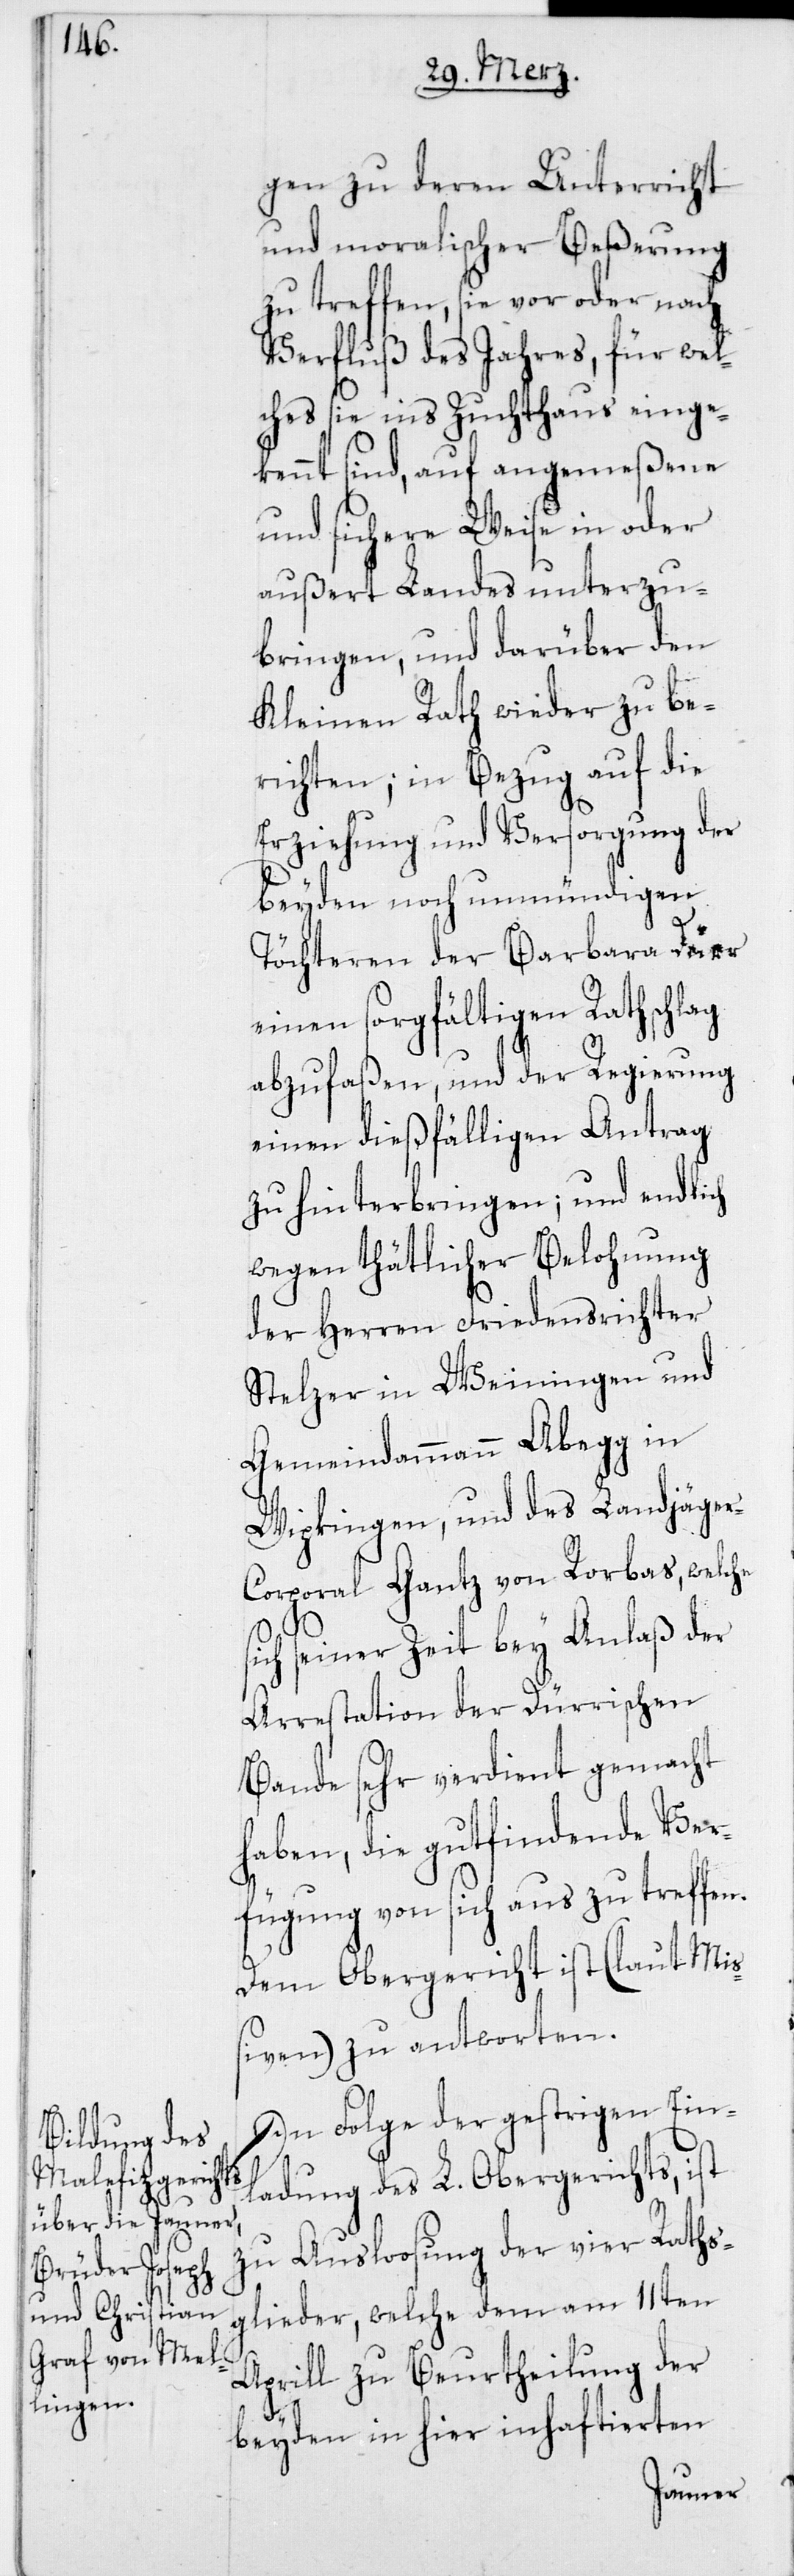
gen zu deren Unterricht
und moralischer Beßerung
zu treffen, sie vor oder nach
Verfluß des Jahres, für wel¬
ches sie ins Zuchthaus einge¬
kennt sind, auf angemeßene
und sichere Weise in oder
außert Landes unterzu¬
bringen, und darüber dem
Kleinen Rath wieder zu be¬
richten; in Bezug auf die
Erziehung und Versorgung der
beyden noch unmündigen
Töchteren der Barbara Dürr
einen sorgfältigen Rathschlag
abzufaßen, und der Regierung
einen dießfälligen Antrag
zu hinterbringen; und endlich
wegen thätlicher Belohnung
der Herren Friedensrichter
Stelzer in Weiningen und
Gemeindammann Abegg in
Wipkingen, und des Landjäge¬
r-Corporal Gantz von Rorbas, welche
seiner Zeit bey Anlaß der
Arrestation der Dürrischen
Bande sehr verdient gemacht
haben, die gutfindende Ver¬
fügung von sich aus zu treffen.
Dem Obergericht ist (laut Miß¬
iven) zu antworten.
In Folge der gestrigen Ein¬
ladung des L. Obergerichts, ist
zu Ausloosung der vier Raths¬
glieder, welche dem am 11ten
Aprill zu Beurtheilung der
beyden in hier inhaftierten